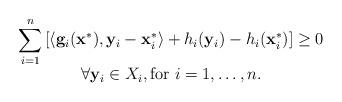
LaTeX: \begin{align*} \begin{array}{c}\displaystyle \sum \limits_{i=1}^{n} \left[ \langle {\mathbf{g}_{i}(\mathbf{x}^{*}), \mathbf{y}_{i}-\mathbf{x}^{*}_{i}} \rangle +h_{i}(\mathbf{y}_{i})-h_{i}(\mathbf{x}^{*}_{i}) \right] \geq 0 \\\displaystyle \forall \mathbf{y}_{i}\in X_{i}, \mbox{for} \ i=1, \dots, n.\end{array}\end{align*}